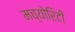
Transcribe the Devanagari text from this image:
मच्योरिटी